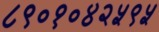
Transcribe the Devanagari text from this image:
८९०१०४२५९५